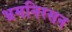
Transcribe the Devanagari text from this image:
भ्रमनिरसन